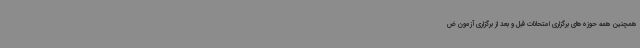
همچنین همه حوزه‌های برگزاری امتحانات قبل و بعد از برگزاری آزمون ض